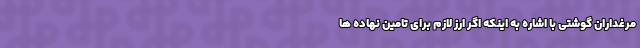
مرغداران گوشتی با اشاره به اینکه اگر ارز لازم برای تامین نهاده ها